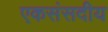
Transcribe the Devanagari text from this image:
एकसंसदीय